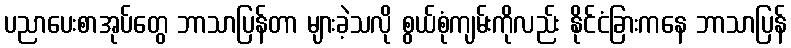
ပညာပေးစာအုပ်တွေ ဘာသာပြန်တာ များခဲ့သလို စွယ်စုံကျမ်းကိုလည်း နိုင်ငံခြားကနေ ဘာသာပြန်